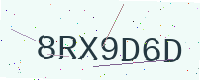
Text: 8RX9D6D